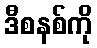
ဒီစနစ်ကို